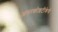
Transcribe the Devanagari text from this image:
अमरकोशटीकेचे